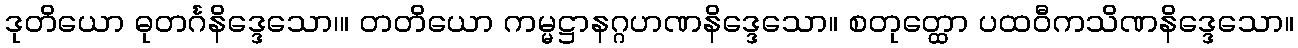
ဒုတိယော ဓုတင်္ဂနိဒ္ဒေသော၊။ တတိယော ကမ္မဋ္ဌာနဂ္ဂဟဏနိဒ္ဒေသော။ စတုတ္ထော ပထဝီကသိဏနိဒ္ဒေသော။